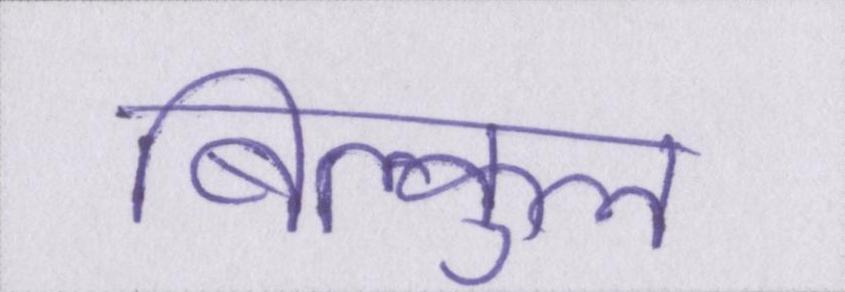
बिल्कुल